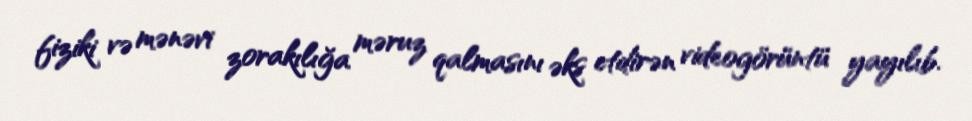
fiziki və mənəvi zorakılığa məruz qalmasını əks etdirən videogörüntü yayılıb.